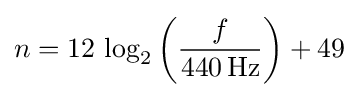
n=12\,\log _{2}\left({\frac {f}{440\,{\text{Hz}}}}\right)+49